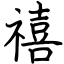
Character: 禧